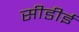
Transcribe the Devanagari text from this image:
सीडीई